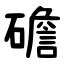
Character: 䃫